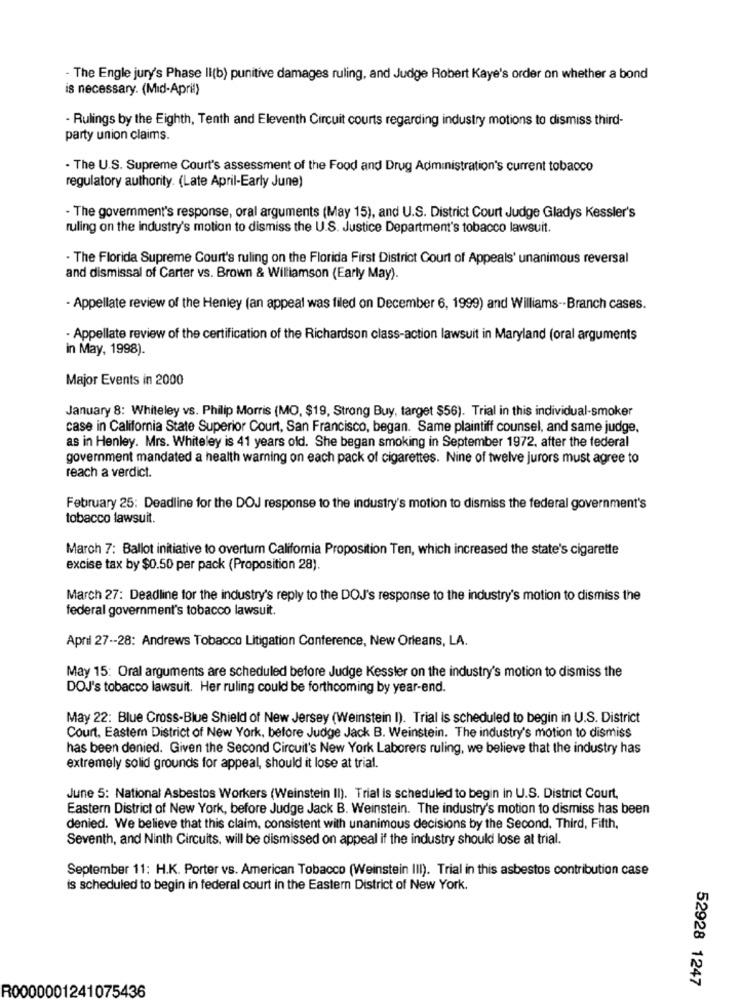
- The Engle jury's Phase II(b) punitive damages ruling, and Judge Robert Kaye's order on whether a bond
is necessary. (Mid-April)
- Rulings by the Eighth, Tenth and Eleventh Circuit courts regarding industry motions to dismiss third-
party union claims.
- The U.S. Supreme Court's assessment of the Food and Drug Administration's current tobacco
regulatory authority. (Late April-Early June)
· The government's response, oral arguments (May 15), and U.S. District Court Judge Gladys Kessler's
ruling on the industry's motion to dismiss the U.S. Justice Department's tobacco lawsuit.
- The Florida Supreme Court's ruling on the Florida First District Court of Appeals' unanimous reversal
and dismissal of Carter vs. Brown & Williamson (Early May).
- Appellate review of the Henley (an appeal was filed on December 6, 1999) and Williams -· Branch cases.
- Appellate review of the certification of the Richardson class-action lawsuit in Maryland (oral arguments
in May, 1998).
Major Events in 2000
January 8: Whiteley vs. Philip Morris (MO, $19, Strong Buy, target $56). Trial in this individual-smoker
case in California State Superior Court, San Francisco, began. Same plaintiff counsel, and same judge.
as in Henley. Mrs. Whiteley is 41 years old. She began smoking in September 1972, after the federal
government mandated a health warning on each pack of cigarettes. Nine of twelve jurors must agree to
reach a verdict.
February 25: Deadline for the DOJ response to the industry's motion to dismiss the federal government's
tobacco lawsuit.
March 7: Ballot initiative to overturn California Proposition Ten, which increased the state's cigarette
excise tax by $0.50 per pack (Proposition 28).
March 27: Deadline for the industry's reply to the DOJ's response to the industry's motion to dismiss the
federal government's tobacco lawsuit.
April 27 -- 28: Andrews Tobacco Litigation Conference, New Orleans, LA.
May 15: Oral arguments are scheduled before Judge Kessler on the industry's motion to dismiss the
DOJ's tobacco lawsuit. Her ruling could be forthcoming by year-end.
May 22: Blue Cross-Blue Shield of New Jersey (Weinstein I). Trial is scheduled to begin in U.S. District
Court, Eastem District of New York, before Judge Jack B. Weinstein. The industry's motion to dismiss
has been denied. Given the Second Circuit's New York Laborers ruling, we believe that the industry has
extremely solid grounds for appeal, should it lose at trial.
June 5: National Asbestos Workers (Weinstein II). Trial is scheduled to begin in U.S. District Court,
Eastern District of New York, before Judge Jack B. Weinstein. The industry's motion to dismiss has been
denied. We believe that this claim, consistent with unanimous decisions by the Second, Third, Fifth,
Seventh, and Ninth Circuits, will be dismissed on appeal if the industry should lose at trial.
September 11: H.K. Porter vs. American Tobacco (Weinstein III). Trial in this asbestos contribution case
is scheduled to begin in federal court in the Eastern District of New York.
52928 1247
R0000001241075436